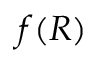
f ( R )